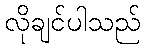
လိုချင်ပါသည်